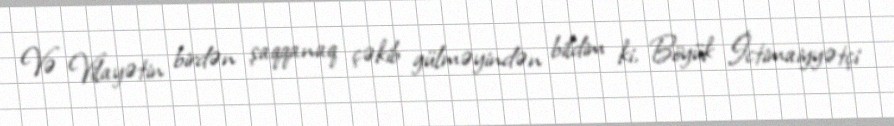
Və Vilayətin birdən şaqqanaq çəkib gülməyindən bildim ki, Böyük İctimaiyyətçi